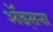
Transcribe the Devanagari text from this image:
अॅड्सना